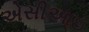
એસીઆઇ